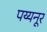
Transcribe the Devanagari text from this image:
पय्यनूर